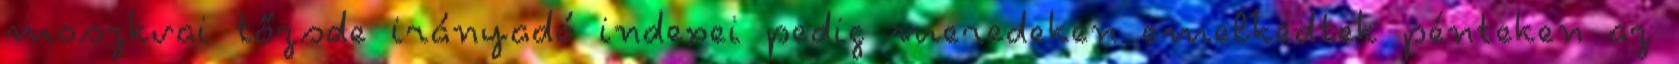
moszkvai tőzsde irányadó indexei pedig meredeken emelkedtek pénteken az